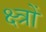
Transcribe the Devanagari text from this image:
क्ष्त्रों